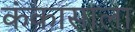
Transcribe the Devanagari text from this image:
कंकासाला